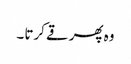
وہ پھر قے کرتا ۔